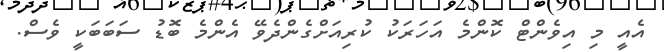
އެއީ މި އިވެންޓް ކޮންމެ އަހަރަކު ކުރިއަށްގެންދެވޭ އެންމެ ބޮޑު ސަބަބަކީ ވެސް.